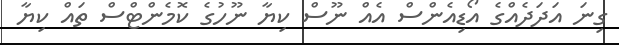
ގިނަ އަދަދެއްގެ އޯޑިއެންސް އެއް ނޫސް ކިޔާ ނޫހުގެ ކޮމެންޓްްސް ތައް ކިޔާ